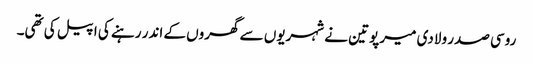
روسی صدر ولادی میر پوتین نے شہریوں سے گھروں کے اندر رہنے کی اپیل کی تھی۔